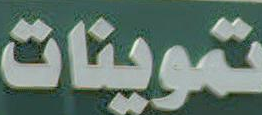
تموينات